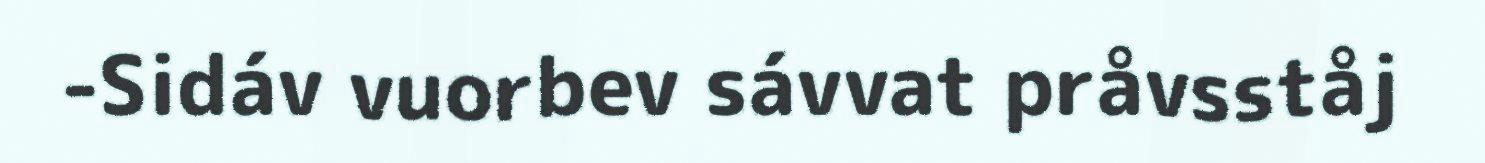
-Sidáv vuorbev sávvat pråvsståj